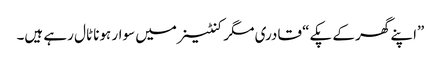
”اپنے گھر کے پکے“ قادری مگر کنٹینر میں سوار ہونا ٹال رہے ہیں۔